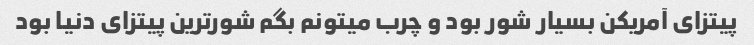
پیتزای آمریکن بسیار شور بود و چرب میتونم بگم شورترین پیتزای دنیا بود